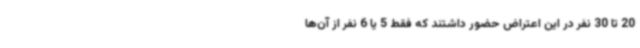
20 تا 30 نفر در این اعتراض حضور داشتند که فقط 5 یا 6 نفر از آن‌ها